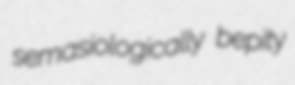
semasiologically bepity